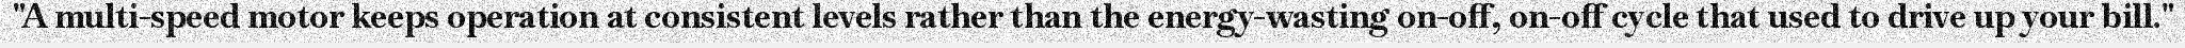
"A multi-speed motor keeps operation at consistent levels rather than the energy-wasting on-off, on-off cycle that used to drive up your bill."